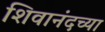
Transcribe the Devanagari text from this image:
शिवानंदच्या